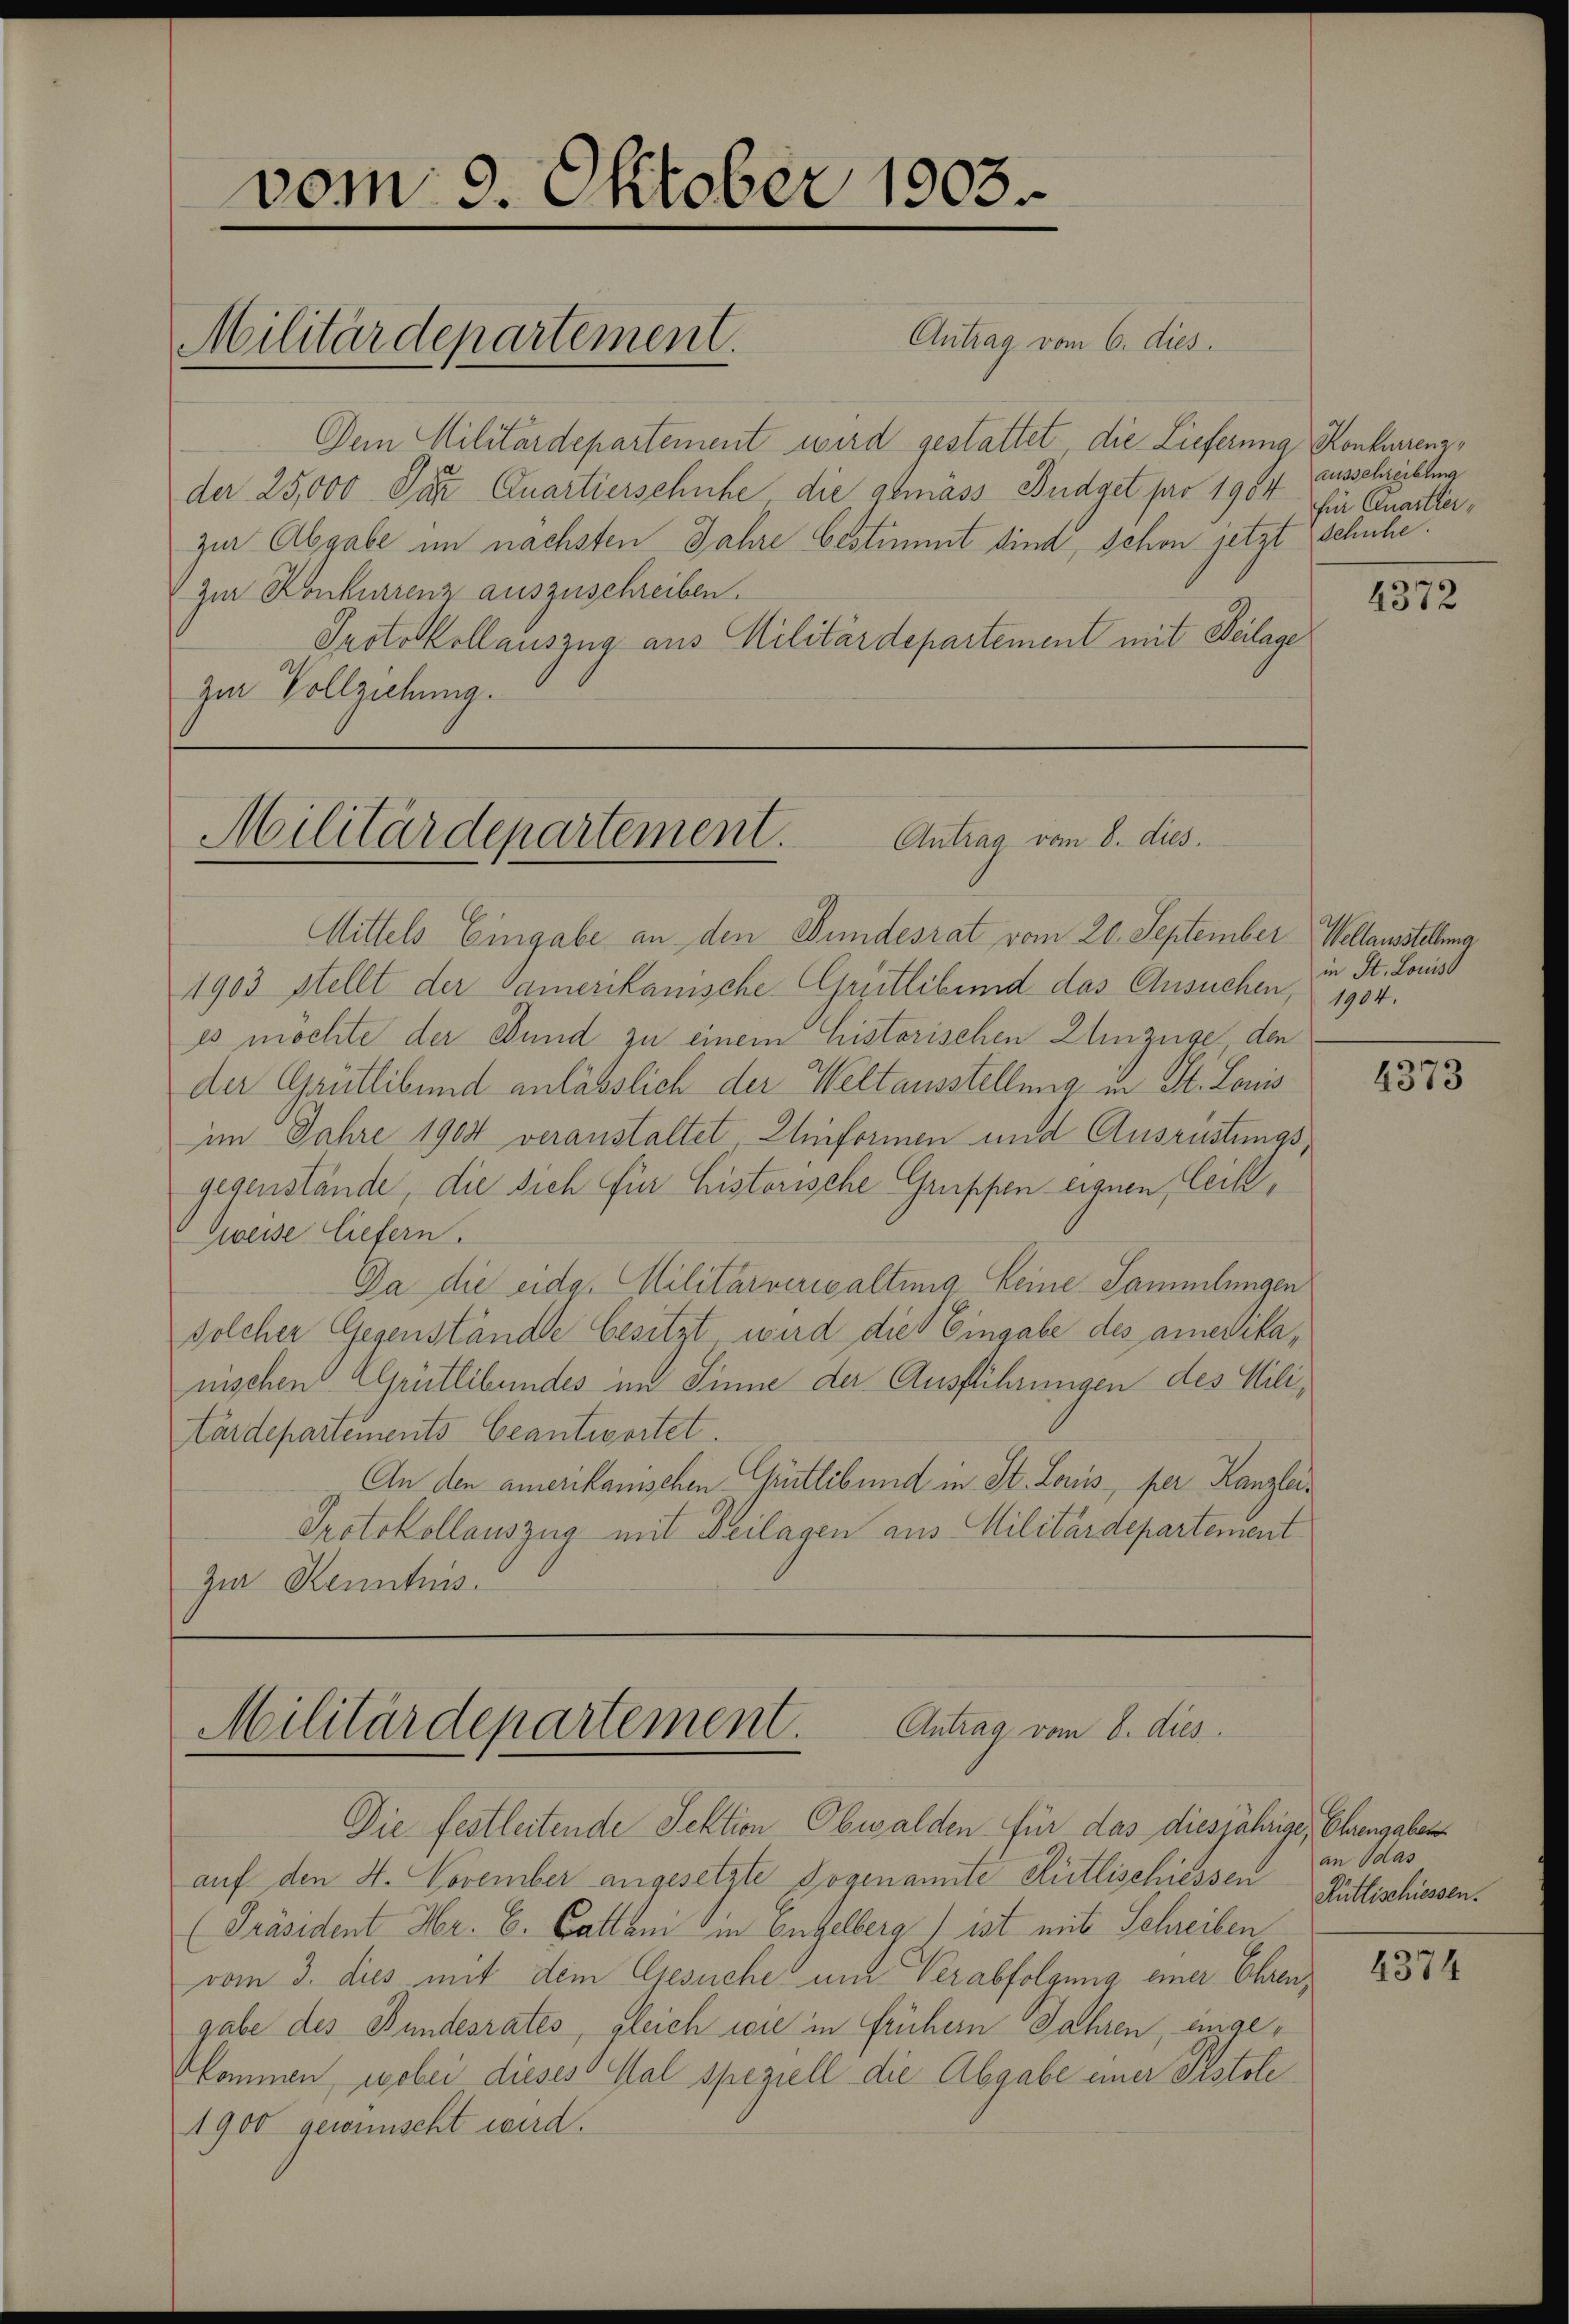
vom 9. Oktober 1903.

Antrag vom 6. dies
Dem Militärdepartement wird gestattet die Lieferung Konkurrenzder 25,000 Pa Quartierschuhe die gemass Budget pro 1904 hier Quartierzur Abgabe im nächsten Jahre bestimmt sind, schon jetzt schuhe.
" zur Konkurrenz auszuschreiben.
Protokollauszug aus Militärdepartement mit Beilage
zur Vollziehung.

Militärdepartement.

MMittels Eingabe an den Bundesrat vom 20. September Wellausstellung
1903 stellt der Camerikanische Grütlebund das Ansuchen, 1904.
es möchte der Bund zu einem historischen Einzüge den
der Grütlibund anlässlich der Weltausstellung in St. Louis
im Jahre 1908 veranstaltet Einformen und Ausrüstungsgegenstände, die sich für historische Gruppen eignen, Ceik¬
Zweise liefern.
Da die eidg. Militärverwaltung keine Sammlungen
solcher Gegenstände besitzt wird die Eingabe des amerika,
nischen Grütlibundes im Sinne der Ausführungen des Miliärdepartements beantwortet.
An den amerikanischen Grütlib und in St. Louis per Kanzlei¬
Protokollauszug mit Beilagen aus Militärdepartement
zi Kenntnis.

Militärdepartement.
Antrag vom 8. dies

Militärdepartement. Antrag vom 8. dies

Die festleitende Sektion Obwalden für das diesjährige, Ehrengaben
auf den 4. November angesetzte Sogenannte Rütlischiessen Rüttischiessen.
[Präsident Hr. C. Cattani in Engelberg) ist mit Schreiben
vom 3. dies mit dem Gesuche und Verabfolgung einer Ehrengabe des Bundesrates, gleich wie in frühern Jahren, eingekkommen, wobei dieses Mal speziell die Abgabe einer Pistole
1900 gewünscht wird.

ausschreibung

4372

in St. Louis

4373

an das

4374